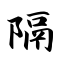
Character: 隔